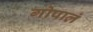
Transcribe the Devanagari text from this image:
गोपालं